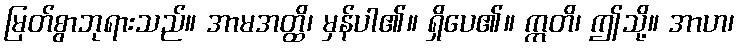
မြတ်စွာဘုရားသည်။ အာမအတ္ထိ၊ မှန်ပါ၏။ ရှိပေ၏။ ဣတိ၊ ဤသို့။ အာဟ၊